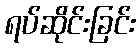
ရပ်ဆိုင်းခြင်း